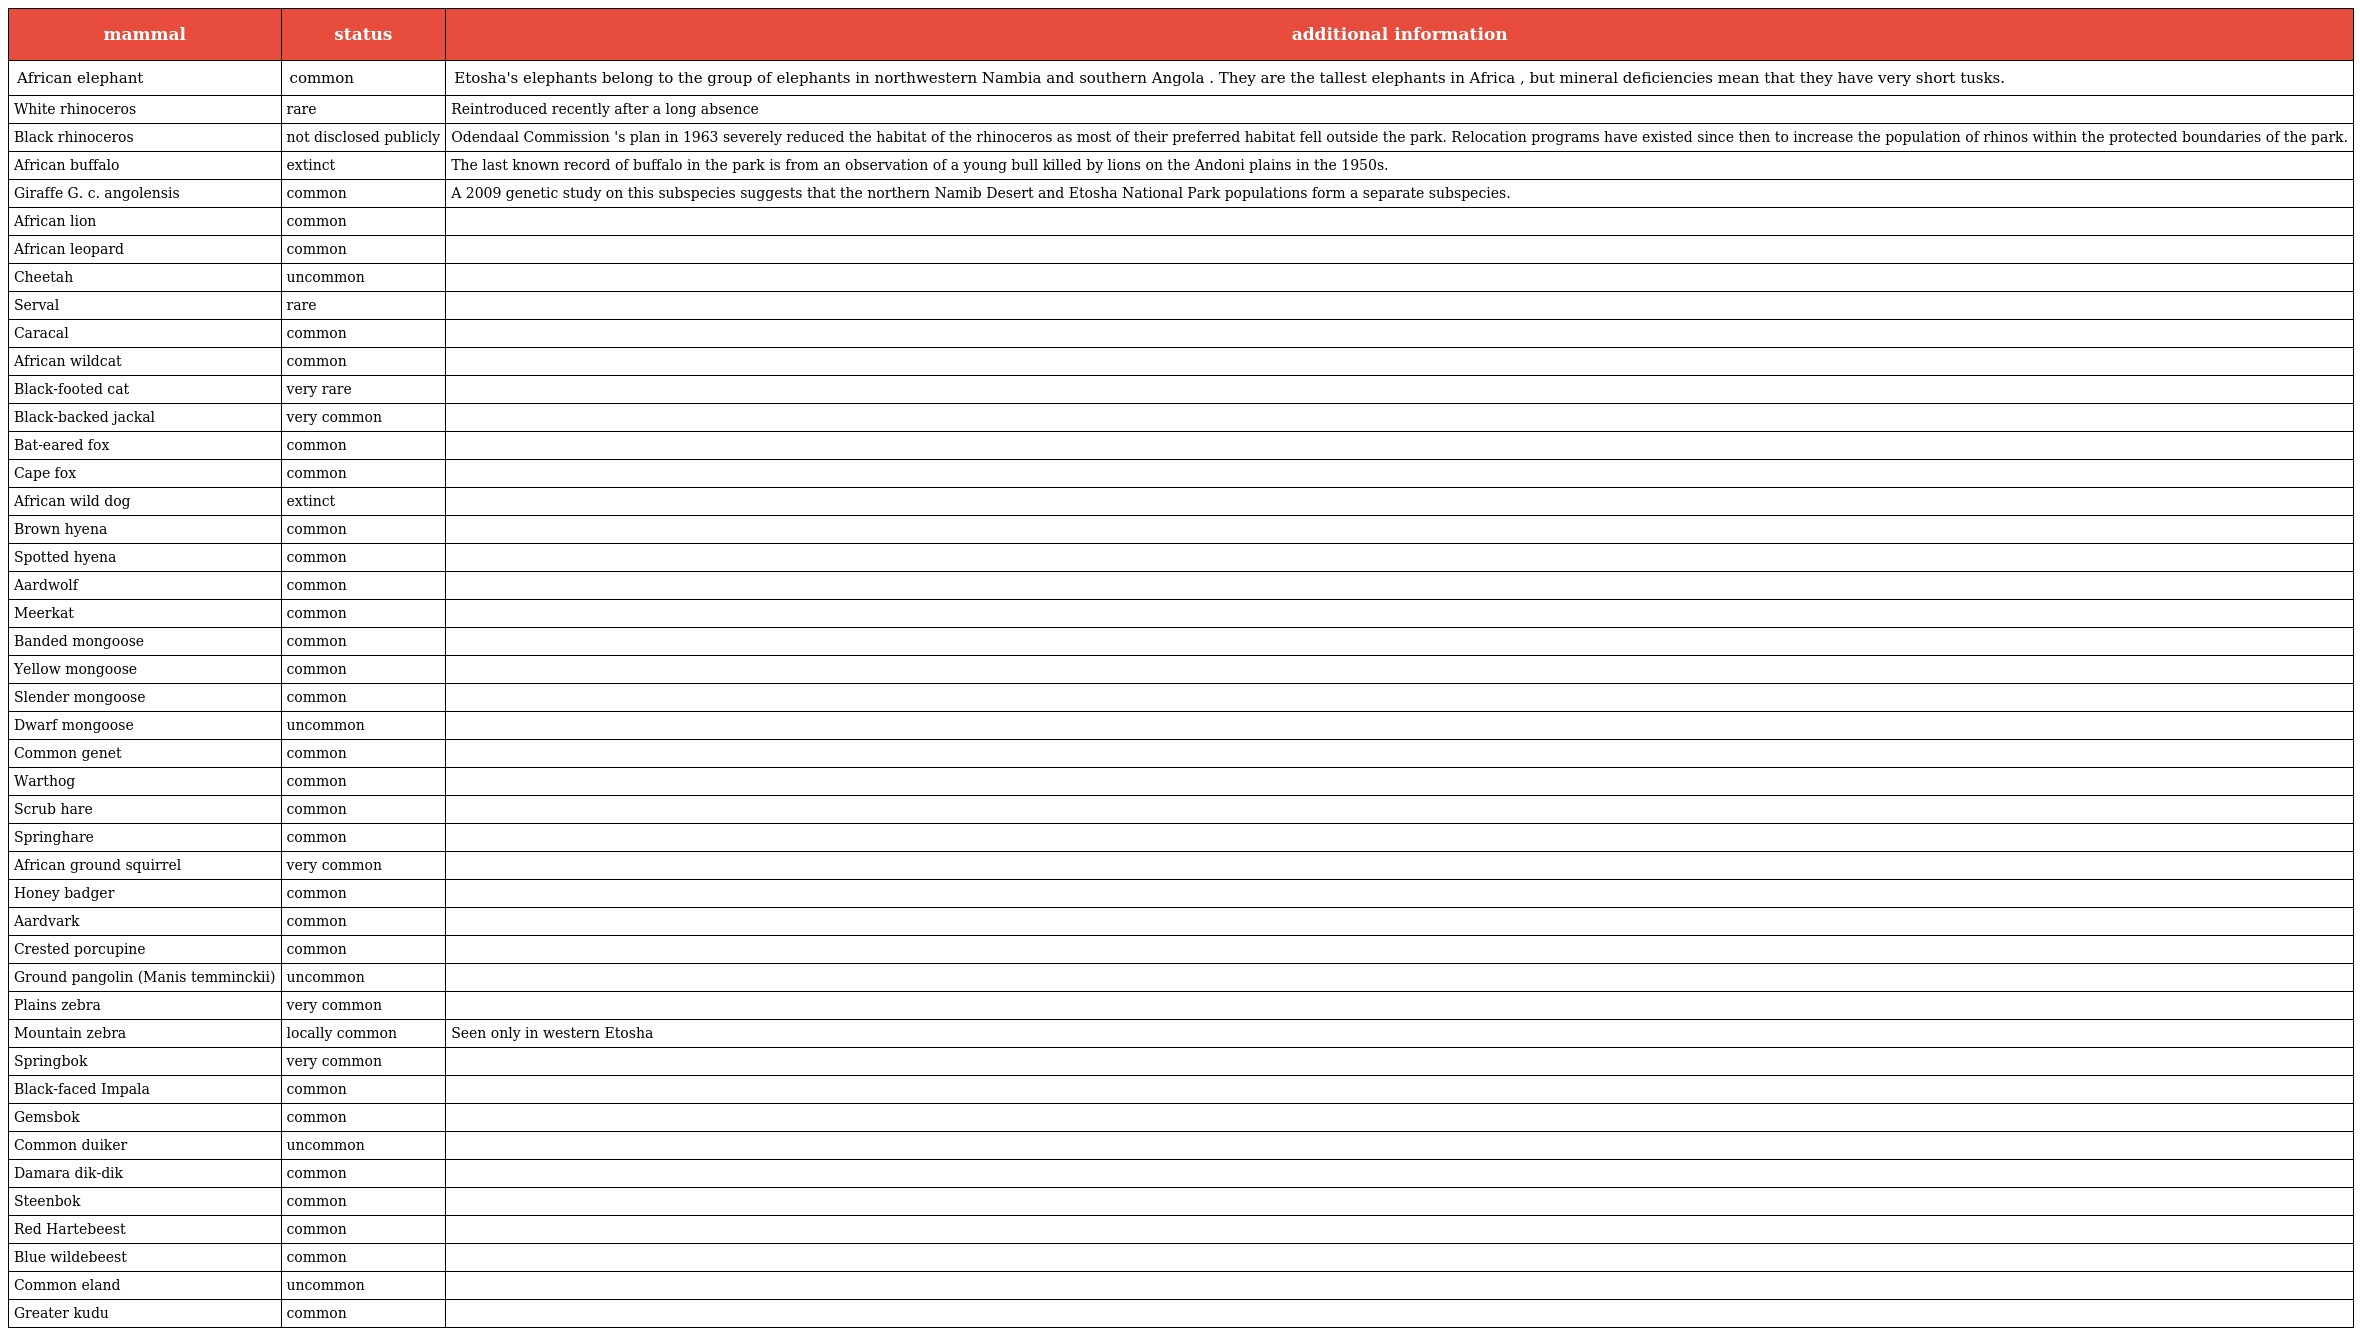
| mammal | status | additional information |
 | --- | --- | --- |
 | African elephant | common | Etosha's elephants belong to the group of elephants in northwestern Nambia and southern Angola . They are the tallest elephants in Africa , but mineral deficiencies mean that they have very short tusks. |
 | White rhinoceros | rare | Reintroduced recently after a long absence |
 | Black rhinoceros | not disclosed publicly | Odendaal Commission 's plan in 1963 severely reduced the habitat of the rhinoceros as most of their preferred habitat fell outside the park. Relocation programs have existed since then to increase the population of rhinos within the protected boundaries of the park. |
 | African buffalo | extinct | The last known record of buffalo in the park is from an observation of a young bull killed by lions on the Andoni plains in the 1950s. |
 | Giraffe G. c. angolensis | common | A 2009 genetic study on this subspecies suggests that the northern Namib Desert and Etosha National Park populations form a separate subspecies. |
 | African lion | common |  |
 | African leopard | common |  |
 | Cheetah | uncommon |  |
 | Serval | rare |  |
 | Caracal | common |  |
 | African wildcat | common |  |
 | Black-footed cat | very rare |  |
 | Black-backed jackal | very common |  |
 | Bat-eared fox | common |  |
 | Cape fox | common |  |
 | African wild dog | extinct |  |
 | Brown hyena | common |  |
 | Spotted hyena | common |  |
 | Aardwolf | common |  |
 | Meerkat | common |  |
 | Banded mongoose | common |  |
 | Yellow mongoose | common |  |
 | Slender mongoose | common |  |
 | Dwarf mongoose | uncommon |  |
 | Common genet | common |  |
 | Warthog | common |  |
 | Scrub hare | common |  |
 | Springhare | common |  |
 | African ground squirrel | very common |  |
 | Honey badger | common |  |
 | Aardvark | common |  |
 | Crested porcupine | common |  |
 | Ground pangolin (Manis temminckii) | uncommon |  |
 | Plains zebra | very common |  |
 | Mountain zebra | locally common | Seen only in western Etosha |
 | Springbok | very common |  |
 | Black-faced Impala | common |  |
 | Gemsbok | common |  |
 | Common duiker | uncommon |  |
 | Damara dik-dik | common |  |
 | Steenbok | common |  |
 | Red Hartebeest | common |  |
 | Blue wildebeest | common |  |
 | Common eland | uncommon |  |
 | Greater kudu | common |  |